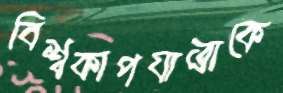
বিশ্বকাপযাত্রাকে